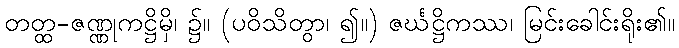
တတ္ထ-ဇဏ္ဏုကဋ္ဌိမှိ၊ ၌။ (ပဝိသိတွာ၊ ၍။) ဇင်္ဃဋ္ဌိကဿ၊ မြင်းခေါင်းရိုး၏။